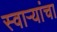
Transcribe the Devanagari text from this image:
स्वाऱ्यांचा